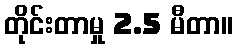
တိုင်းတာမှု 2.5 မီတာ။